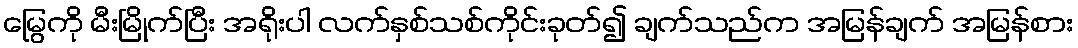
မြွေကို မီးမြိုက်ပြီး အရိုးပါ လက်နှစ်သစ်ကိုင်းခုတ်၍ ချက်သည်က အမြန်ချက် အမြန်စား